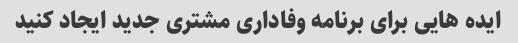
ایده هایی برای برنامه وفاداری مشتری جدید ایجاد کنید